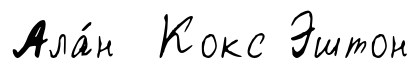
Ала́н Кокс Эштон